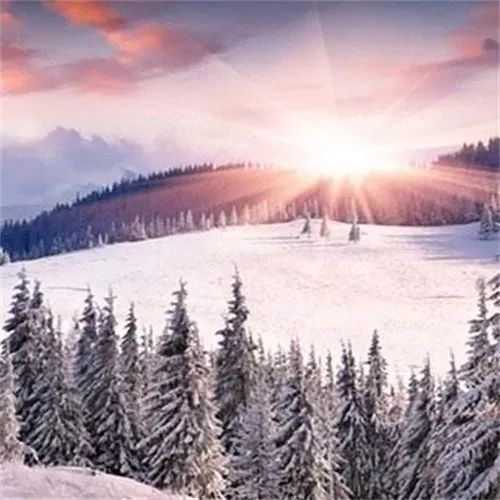
只有精忠能报国，更无乐土可为家。